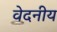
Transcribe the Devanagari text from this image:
वेदनीय